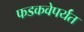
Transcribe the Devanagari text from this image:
फडकवेपर्यंत